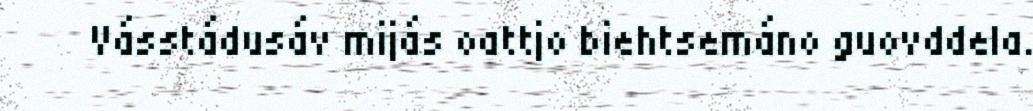
Vásstádusáv mijás oattjo biehtsemáno guovddela.